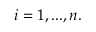
i = 1 , . . . , n .